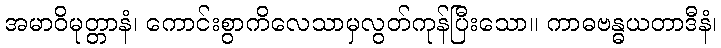
အမာဝိမုတ္တာနံ၊ ကောင်းစွာကိလေသာမှလွတ်ကုန်ပြီးသော။ ကာဓဗန္ဓယတာဒီနံ၊